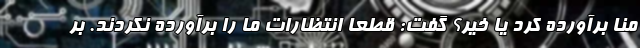
منا برآورده کرد یا خیر؟ گفت: قطعا انتظارات ما را برآورده نکردند. بر